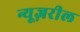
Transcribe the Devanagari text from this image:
न्यूज़रील